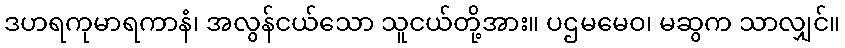
ဒဟရကုမာရကာနံ၊ အလွန်ငယ်သော သူငယ်တို့အား။ ပဌမမေဝ၊ မဆွက သာလျှင်။